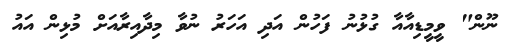
ނޫން" ވީމީޑިއާއާ ގުޅުނު ފަހުން އަދި އަހަރު ނުވާ މިދާއިރާއަށް މުޅިން އައު